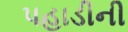
પહાડીની